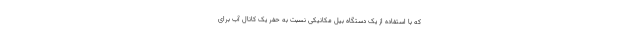
که با استفاده از یک دستگاه بیل مکانیکی نسبت به حفر یک کانال آب برای